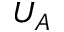
U _ { A }